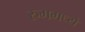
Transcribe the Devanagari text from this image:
रुममध्ये